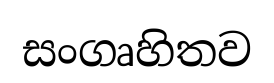
සංගෘහිතව